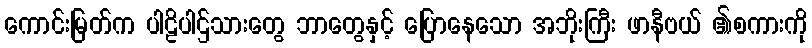
ကောင်းမြတ်က ပါဠိပါဌ်သားတွေ ဘာတွေနှင့် ပြောနေသော အဘိုးကြီး ဖာနီဗယ် ၏စကားကို